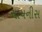
ચાયનીસ